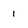
Character: 1